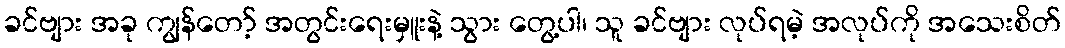
ခင်ဗျား အခု ကျွန်တော့် အတွင်းရေးမှူးနဲ့ သွား တွေ့ပါ၊ သူ ခင်ဗျား လုပ်ရမဲ့ အလုပ်ကို အသေးစိတ်